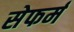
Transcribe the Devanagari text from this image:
सेफर्म